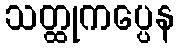
သတ္ထုကပ္ပေန